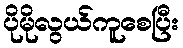
ပိုမိုလွယ်ကူစေပြီး